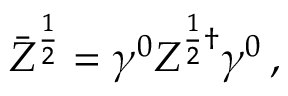
\bar { Z } ^ { \frac { 1 } { 2 } } = \gamma ^ { 0 } Z ^ { \frac { 1 } { 2 } \dagger } \gamma ^ { 0 } \, ,